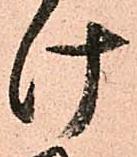
け